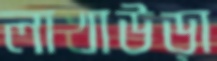
লাখাউড়া